Civil Veterinary Dept. North-West Frontier Province 1923-32 - 1923-1932
Year: 1923
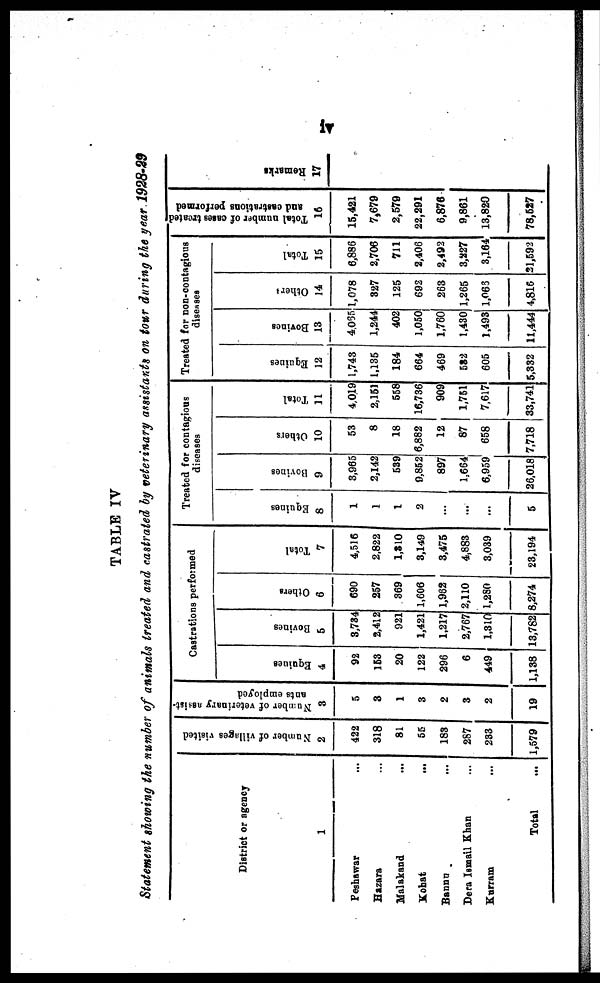
iv
TABLE IV
Statement showing the number of animals treated and castrated by veterinary assistants on tour during the year 1928-29
District or agency
1
Peshawar …
Hazara …
Malakand
...
Kohat …
Bannu …
Dera Ismail Khan …
Kurram …
Total …
Number of villages visited
2
422
318
81
55
183
287
233
1,579
Number of veterinary assist-
ants employed
3
5
3
1
3
2
3
2
19
Castrations performed
Equines
4
92
153
20
122
296
6
449
1,138
Bovines
5
3,734
2,412
921
1,421
1,217
2,767
1,310
13,782
Others
6
690
257
369
1,606
1,962
2,110
1,280
8,274
Total
7
4,516
2,822
1,310
3,149
3,475
4,883
3,039
23,194
Treated for contagious
diseases
Equines
8
1
1
1
2
...
...
...
5
Bovines
9
3,965
2,142
539
9,852
897
1,664
6,959
26,018
Others
10
53
8
18
6,882
12
87
658
7,718
Total
11
4,019
2,151
558
16,736
909
1,751
7,617
33,741
Treated for non-contagious
diseases
Equines
12
1,743
1,135
184
664
469
532
605
5,332
Bovines
13
4,065
1,244
402
1,050
1,760
1,430
1,493
11,444
Others
14
1,078
327
125
692
263
1,265
1,065
4,816
Total
15
6,886
2,706
711
2,406
2,492
3,227
3,164
31,592
Total number of cases treated
and castrations performed
16
15,421
7,679
2,579
22,291
6,876
9,861
13,820
78,627
Remarks
17